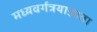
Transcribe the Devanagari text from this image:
मध्यवर्गत्रयाज्जाता